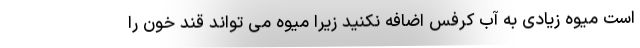
است میوه زیادی به آب کرفس اضافه نکنید زیرا میوه می تواند قند خون را